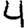
Digit: 4